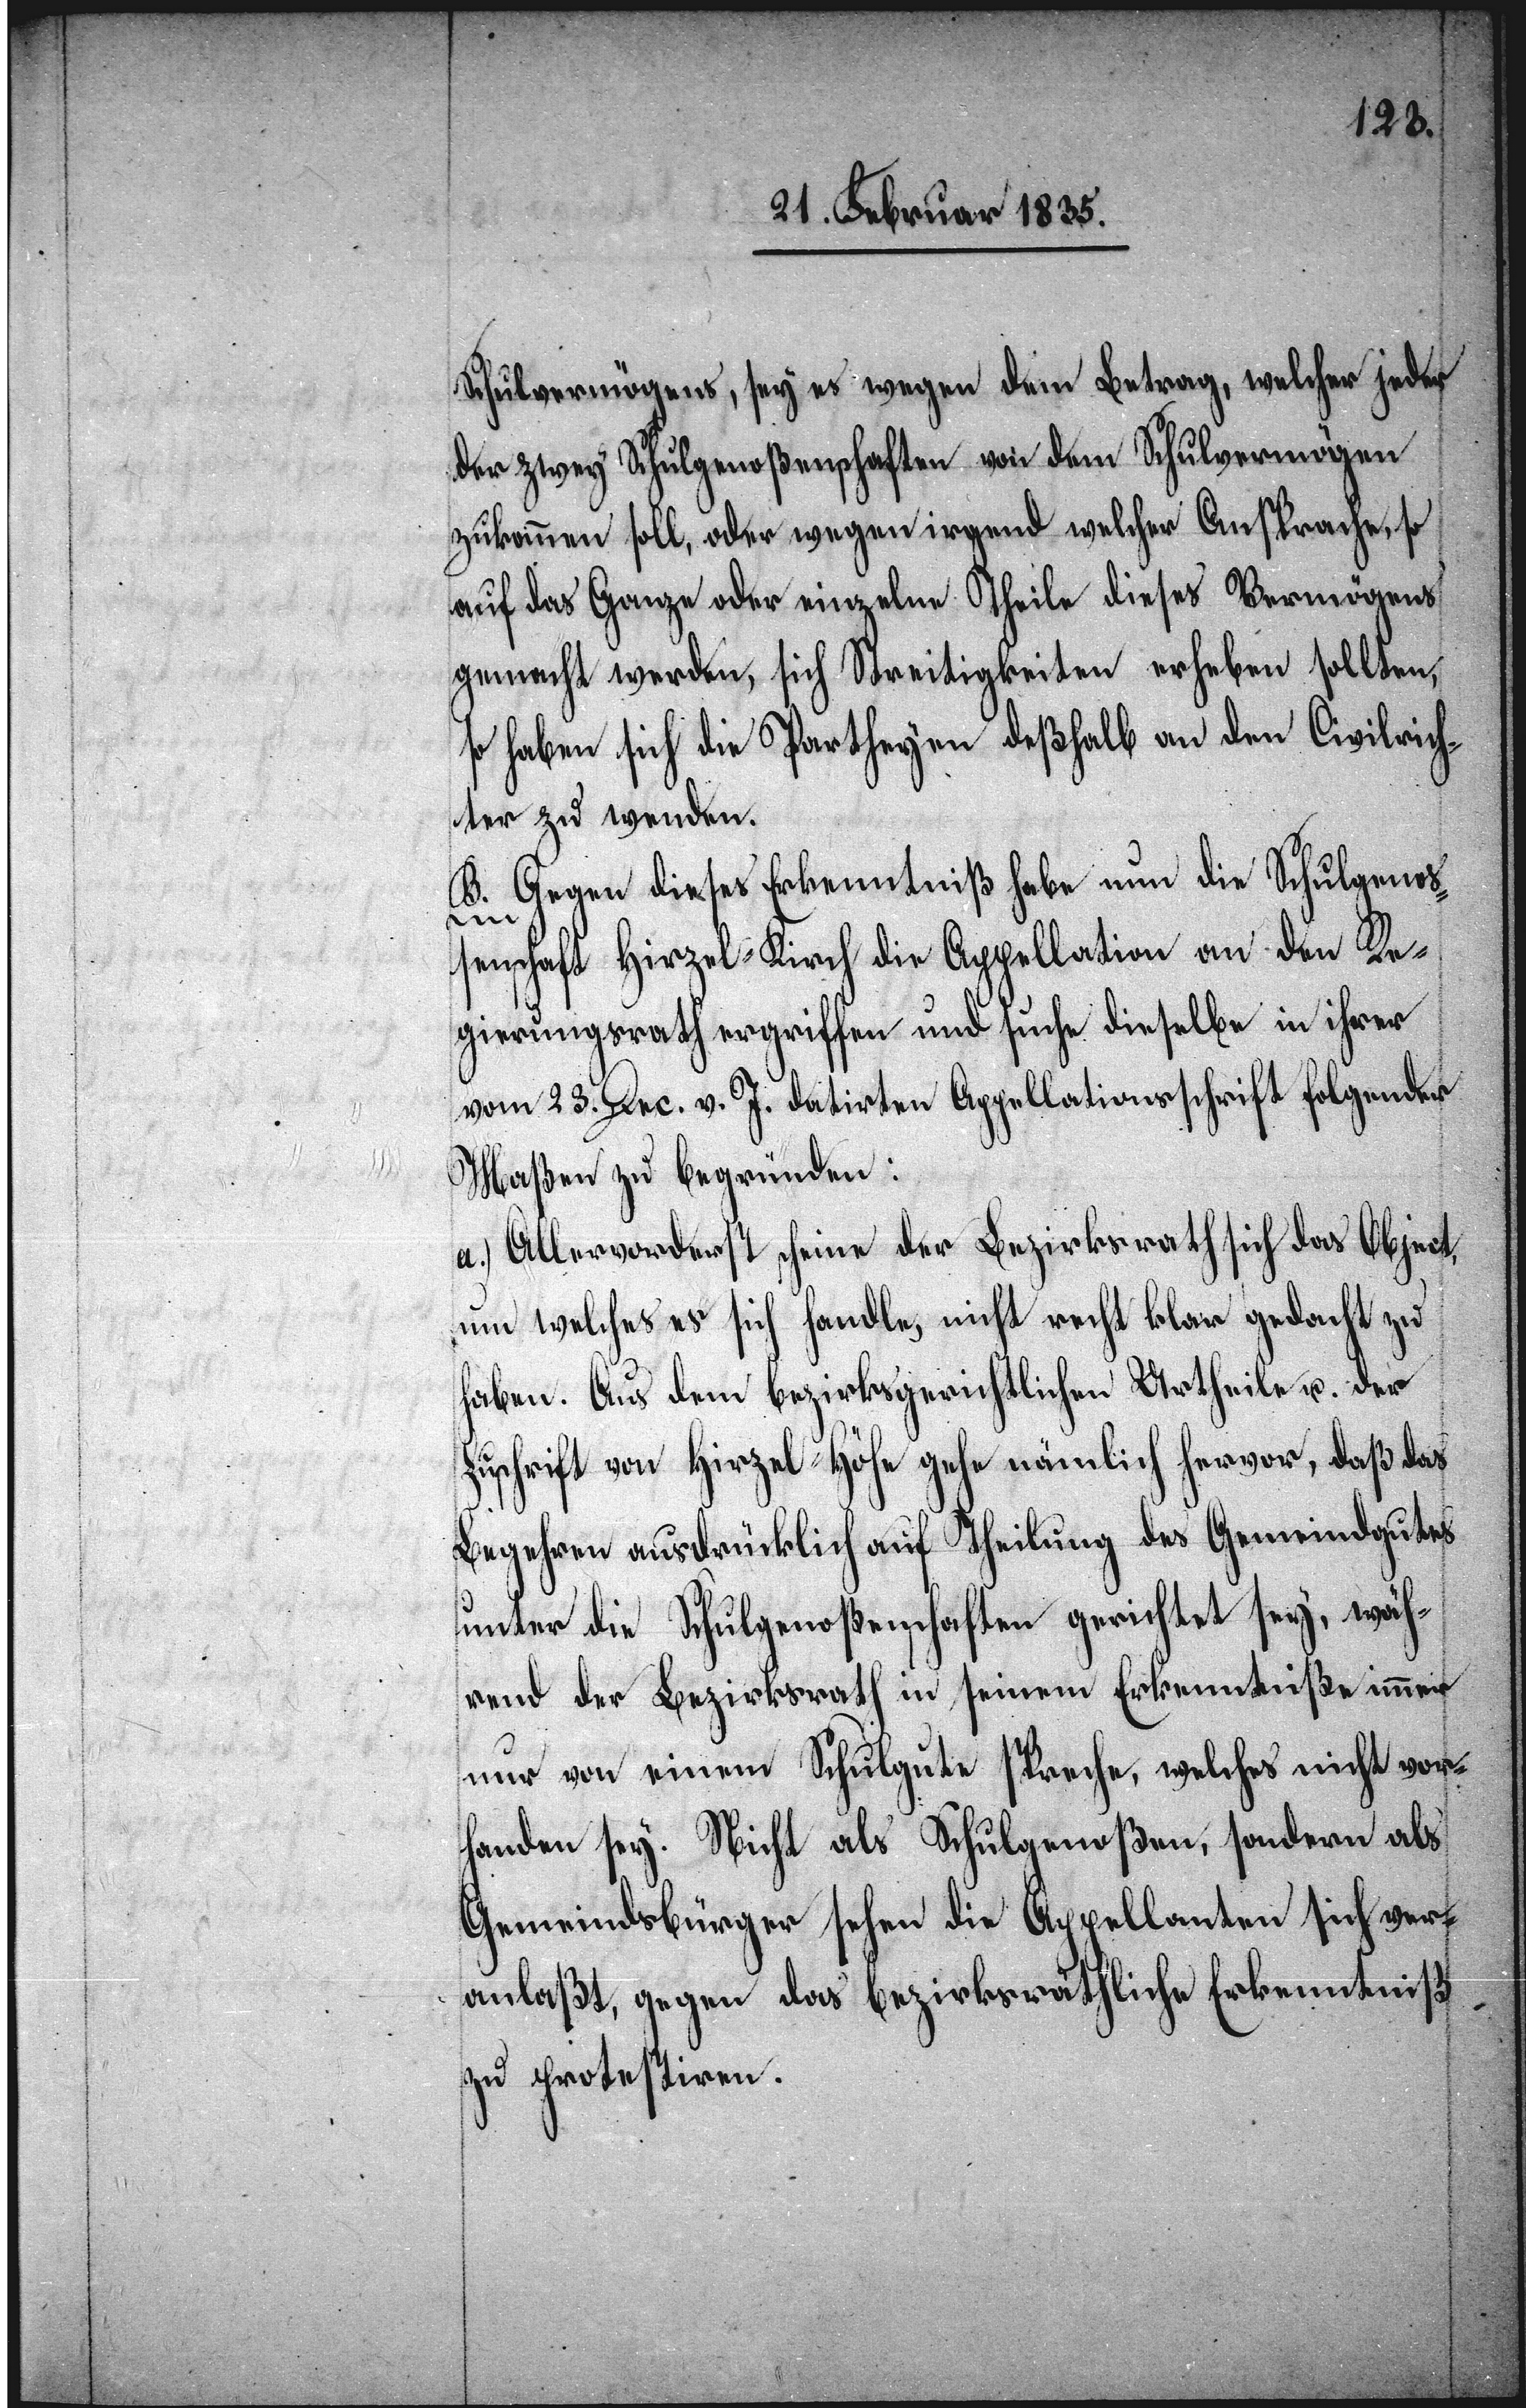
Schulvermögens, sey es wegen dem Betrag, welcher jeder
der zwey Schulgenoßenschaften von dem Schulvermögen
zukommen soll, oder wegen irgend welcher Ansprache, so
auf das Ganze oder einzelne Theile dieses Vermögens
gemacht werden, sich Streitigkeiten erheben sollten,
so haben sich die Parteyen deßhalb an den Civilrich¬
ter zu wenden.
B. Gegen dieses Erkenntniß habe nun die Schulgenoß¬
enschaft Hirzel-Kirch die Appellation an den Re¬
gierungsrath ergriffen und suche dieselbe in ihrer
vom 23. Dec. v. J. datirten Appellationsschrift folgender
Maßen zu begründen:
a.) Allervorderst scheine der Bezirksrath sich das Object
um welches es sich handle, nicht recht klar gedacht zu
haben. Aus dem bezirksgerichtlichen Urtheile u. der
Zuschrift von Hirzel-Höhe gehe nämlich hervor, daß das
Begehren ausdrücklich auf Theilung des Gemeindgutes
unter die Schulgenoßenschaften gerichtet sey, wäh¬
rend der Bezirksrath in seinem Erkenntniße immer
nur von einem Schulgute spreche, welches nicht vor¬
handen sey. Nicht als Schulgenoßen, sondern als
Gemeindsbürger sehen die Appellanten sich ver¬
anlaßt, gegen das bezirksräthliche Erkenntniß
zu protestiren.